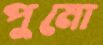
পুমো